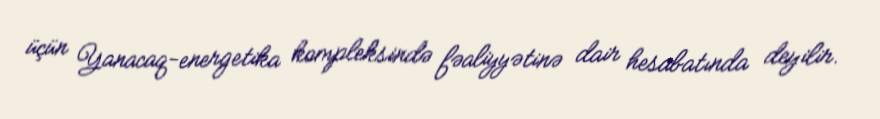
üçün Yanacaq-energetika kompleksində fəaliyyətinə dair hesabatında deyilir.